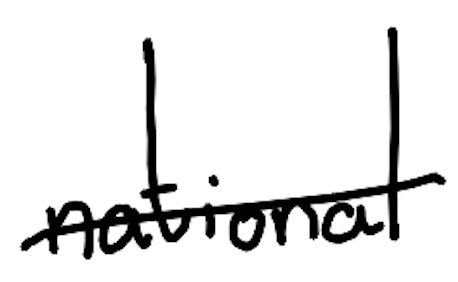
Text: national
Cross-out: single-line
Writing tool: digital_black